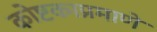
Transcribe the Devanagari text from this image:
कोष्टकाप्रमाणे